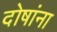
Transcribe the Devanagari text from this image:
दोषांना